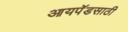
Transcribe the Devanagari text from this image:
आयपॅडसाठी